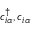
c _ { i \alpha } ^ { \dagger } , c _ { i \alpha } ^ { \phantom { \dagger } }